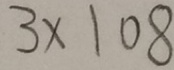
3 \times 1 0 8